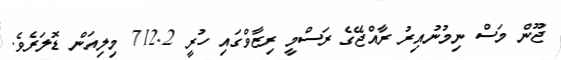
ޖޫން މަސް ނިމުނުއިރު ރާއްޖޭގެ ރަސްމީ ރިޒާވްގައި ހުރީ 712.2 މިލިއަން ޑޮލަރެވެ.